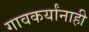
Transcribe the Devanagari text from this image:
गावकर्यांनाही